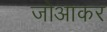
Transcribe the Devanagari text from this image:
जोआकर